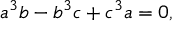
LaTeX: a ^ { 3 } b - b ^ { 3 } c + c ^ { 3 } a = 0 ,